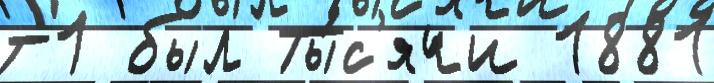
т1 был Ты́с'ячи 1881